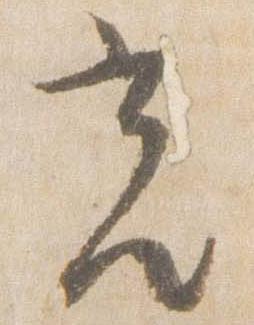
光